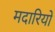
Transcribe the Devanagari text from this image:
मदारियों